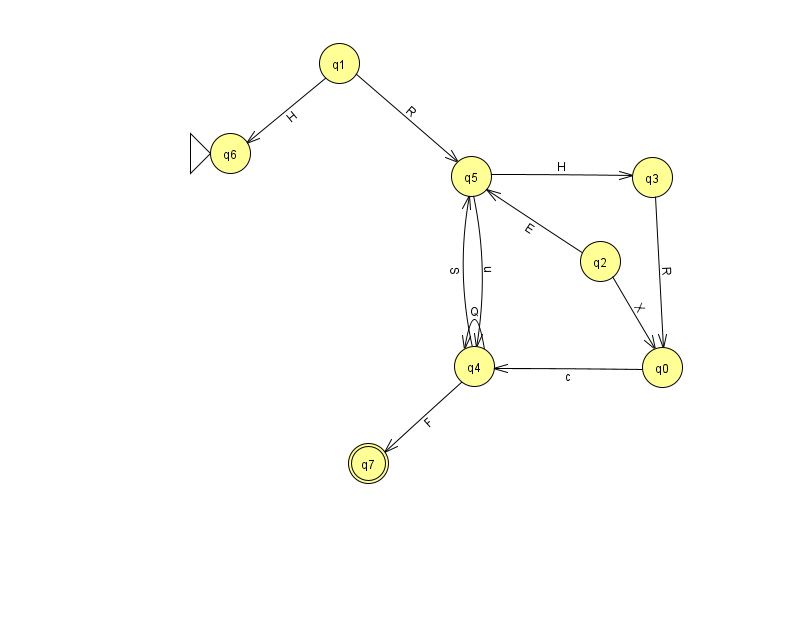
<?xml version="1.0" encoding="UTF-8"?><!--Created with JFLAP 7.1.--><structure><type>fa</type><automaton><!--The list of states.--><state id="0" name="q0"><x>662.0</x><y>354.0</y></state><state id="1" name="q1"><x>339.0</x><y>50.0</y></state><state id="2" name="q2"><x>600.0</x><y>248.0</y></state><state id="3" name="q3"><x>652.0</x><y>164.0</y></state><state id="4" name="q4"><x>474.0</x><y>353.0</y></state><state id="5" name="q5"><x>471.0</x><y>163.0</y></state><state id="6" name="q6"><x>230.0</x><y>140.0</y><initial/></state><state id="7" name="q7"><x>368.0</x><y>450.0</y><final/></state><!--The list of transitions.--><transition><from>3</from><to>0</to><read>R</read></transition><transition><from>4</from><to>4</to><read>Q</read></transition><transition><from>2</from><to>5</to><read>E</read></transition><transition><from>4</from><to>5</to><read>S</read></transition><transition><from>2</from><to>0</to><read>X</read></transition><transition><from>4</from><to>7</to><read>F</read></transition><transition><from>1</from><to>6</to><read>H</read></transition><transition><from>5</from><to>4</to><read>u</read></transition><transition><from>0</from><to>4</to><read>c</read></transition><transition><from>5</from><to>3</to><read>H</read></transition><transition><from>1</from><to>5</to><read>R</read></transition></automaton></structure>